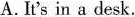
A.It's in a desk.